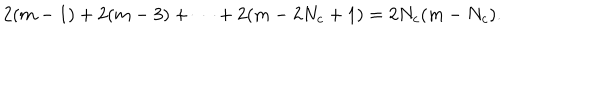
2 ( m - 1 ) + 2 ( m - 3 ) + \cdots + 2 ( m - 2 N _ { c } + 1 ) = 2 N _ { c } ( m - N _ { c } ) .